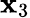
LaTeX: \mathbf{x}_{3}